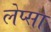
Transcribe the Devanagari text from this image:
लेप्सा